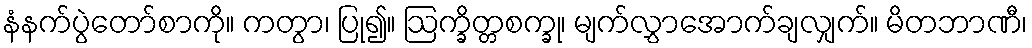
နံနက်ပွဲတော်စာကို။ ကတွာ၊ ပြု၍။ ဩက္ခိတ္တစက္ခု၊ မျက်လွှာအောက်ချလျှက်။ မိတဘာဏီ၊